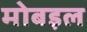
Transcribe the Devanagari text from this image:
मोबइल